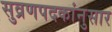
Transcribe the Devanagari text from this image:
सुव्रणपदकांनुसार